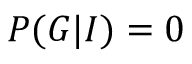
P ( G | I ) = 0